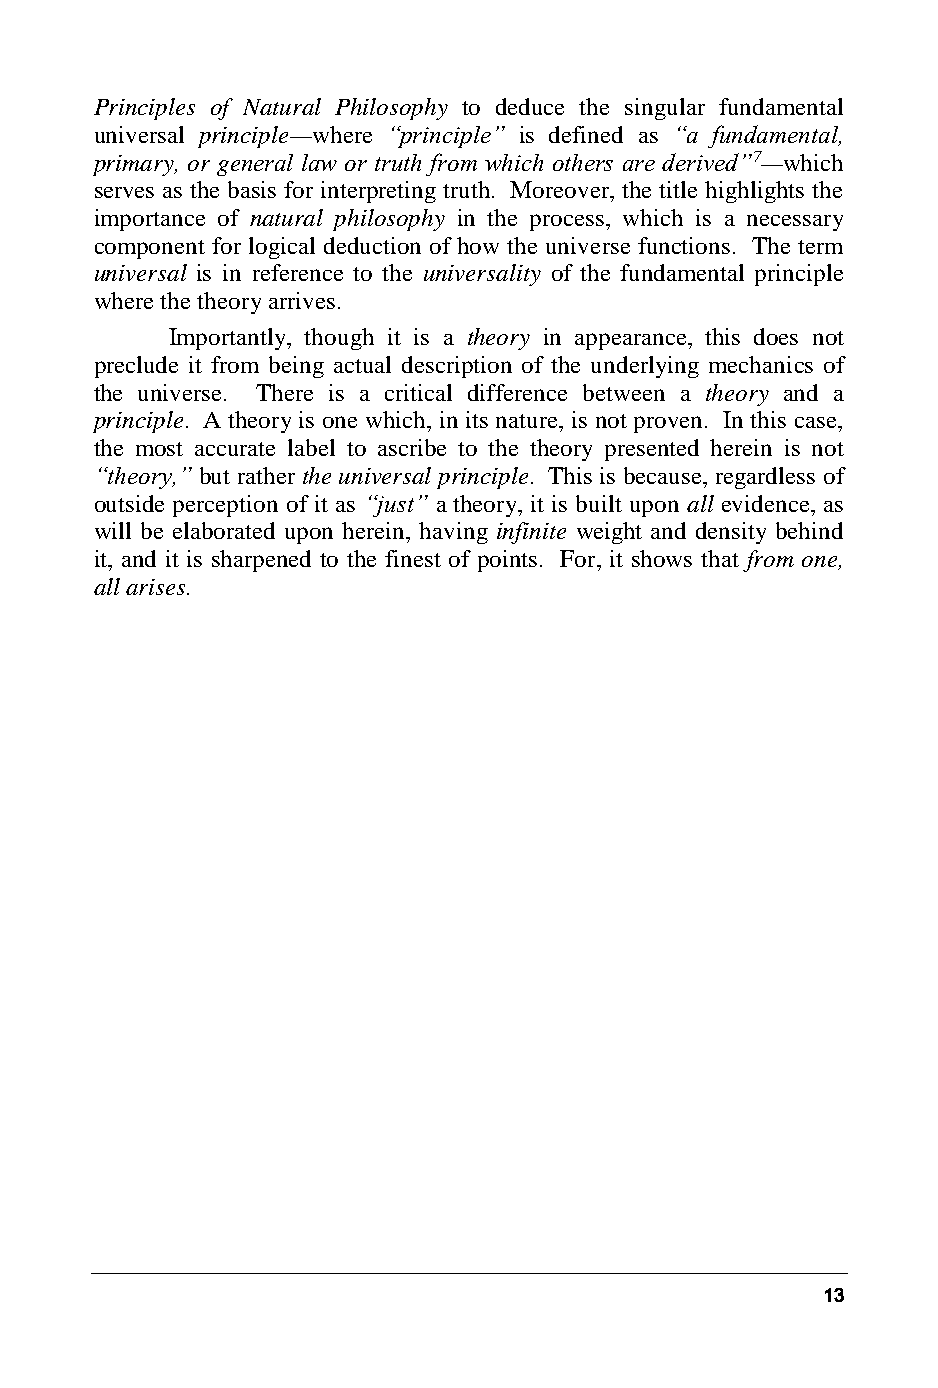
Principles of Natural Philosophy to deduce the singular fundamental
 universal principle—where “principle” is defined as “a fundamental,
 primary, or general law or truth from which others are derived”7—which
 serves as the basis for interpreting truth. Moreover, the title highlights the
 importance of natural philosophy in the process, which is a necessary
 component for logical deduction of how the universe functions. The term
 universal is in reference to the universality of the fundamental principle
 where the theory arrives.
 Importantly, though it is a theory in appearance, this does not
 preclude it from being actual description of the underlying mechanics of
 the universe. There is a critical difference between a theory and a
 principle. A theory is one which, in its nature, is not proven. In this case,
 the most accurate label to ascribe to the theory presented herein is not
 “theory,” but rather the universal principle. This is because, regardless of
 outside perception of it as “just” a theory, it is built upon all evidence, as
 will be elaborated upon herein, having infinite weight and density behind
 it, and it is sharpened to the finest of points. For, it shows that from one,
 all arises.
 13